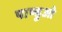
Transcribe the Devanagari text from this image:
पाण्डुओ